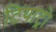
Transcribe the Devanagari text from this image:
टियाट्रो